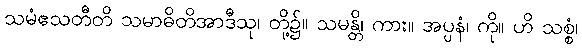
သမံဧသတီတိ သမာဓိတိအာဒီသု၊ တို့၌။ သမန္တိ၊ ကား။ အပ္ပနံ၊ ကို။ ဟိ သစ္စံ၊